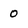
Character: 0